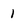
Character: 1